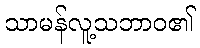
သာမန်လူ့သဘာဝ၏